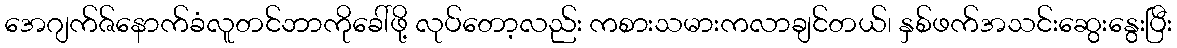
အေဂျက်ဇ်နောက်ခံလူတင်ဘာကိုခေါ်ဖို့ လုပ်တော့လည်း ကစားသမားကလာချင်တယ်၊ နှစ်ဖက်အသင်းဆွေးနွေးပြီး